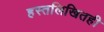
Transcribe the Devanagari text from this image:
हस्तलिखितही